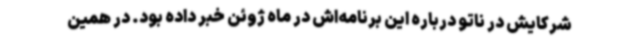
شرکایش در ناتو درباره این برنامه‌اش در ماه ژوئن خبر داده بود. در همین